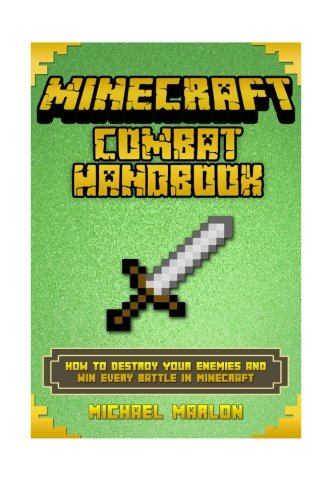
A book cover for Minecraft Combat Handbook: How to Destroy Your Enemies and Win Every Battle in Minecraft (An Unofficial Minecraft Combat Handbook) (minecraft combat handbook, minecraft pocket edition, minecraft); Michael Marlon; Humor & Entertainment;